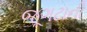
જૂગટાની